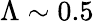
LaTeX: \Lambda\sim 0.5